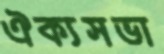
ঐক্যসভা